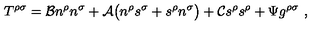
T ^ { \rho \sigma } = { \cal B } n ^ { \rho } n ^ { \sigma } + { \cal A } \big ( n ^ { \rho } s ^ { \sigma } + s ^ { \rho } n ^ { \sigma } \big ) + { \cal C } s ^ { \rho } s ^ { \rho } + \Psi g ^ { \rho \sigma } \ ,